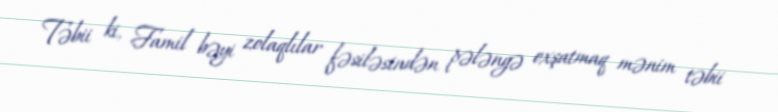
Təbii ki, Famil bəyi zolaqlılar fəsiləsindən pələngə oxşatmaq mənim təbii